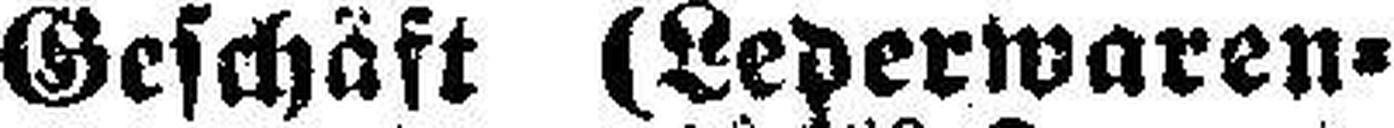
Geschäft (Lederwaren¬